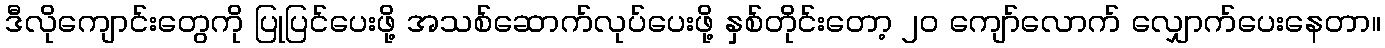
ဒီလိုကျောင်းတွေကို ပြုပြင်ပေးဖို့ အသစ်ဆောက်လုပ်ပေးဖို့ နှစ်တိုင်းတော့ ၂၀ ကျော်လောက် လျှောက်ပေးနေတာ။